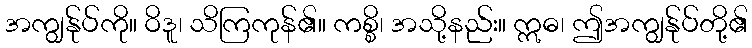
အကျွန်ုပ်ကို။ ဝိဒူ၊ သိကြကုန်၏။ ကစ္စိ၊ အသို့နည်း။ ဣဓ၊ ဤအကျွန်ုပ်တို့၏